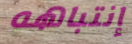
إنتباهه